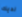
لديك